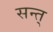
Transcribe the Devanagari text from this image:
सन्त्